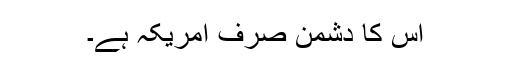
اُس کا دشمن صرف امریکہ ہے۔